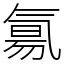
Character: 氱